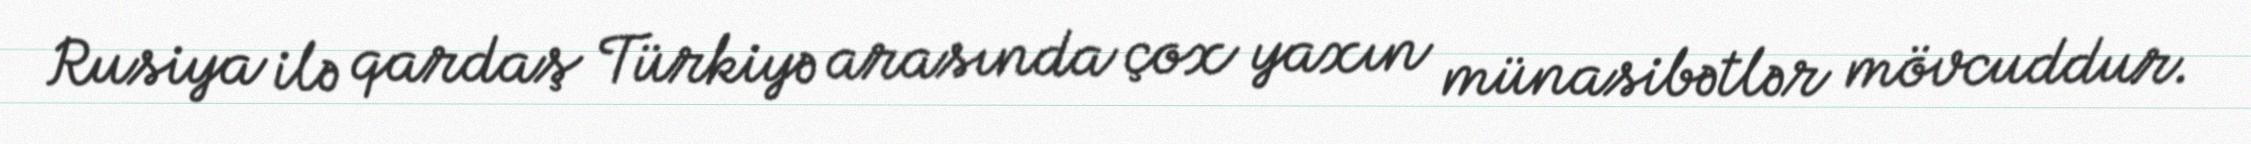
Rusiya ilə qardaş Türkiyə arasında çox yaxın münasibətlər mövcuddur.